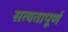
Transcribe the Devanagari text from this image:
सत्यतापूर्ण